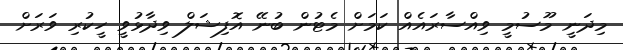
މިދަނީ މޫސުމީ ވިއްސާރައެއް ކަމަށް މެޓުން ބުނޭ އޮފިޝަލް ވިދާޅުވީ ހީކުރި ވަރަށް